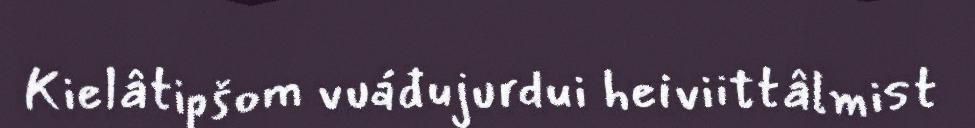
Kielâtipšom vuáđujurdui heiviittâlmist